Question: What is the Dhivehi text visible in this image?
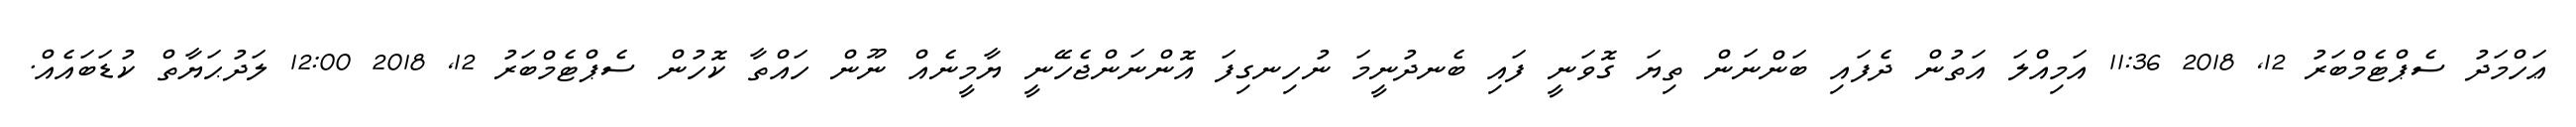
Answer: ޢަހްމަދު ސެޕްޓެމްބަރު 12, 2018 11:36 އަމިއްލަ އަތުން ދެފައި ބަންނަން ތިޔަ ގޮވަނީ ފައި ބެނދުނީމަ ނުހިނގިފަ އޮންނަންޖެހޭނީ ޔާމީނެއް ނޫން ހައްތާ ކޮހުން ސެޕްޓެމްބަރު 12, 2018 12:00 ލަދުޙަޔާތް ކުޑަބައެއް.